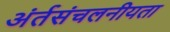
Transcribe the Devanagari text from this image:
अंर्तसंचलनीयता